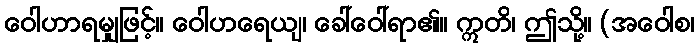
ဝေါဟာရမျှဖြင့်။ ဝေါဟရေယျ၊ ခေါ်ဝေါ်ရာ၏။ ဣတိ၊ ဤသို့။ (အဝေါစ၊